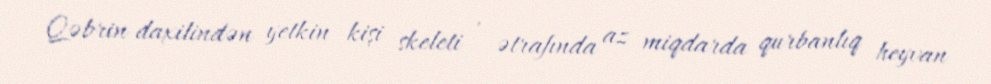
Qəbrin daxilindən yetkin kişi skeleti , ətrafında az miqdarda qurbanlıq heyvan